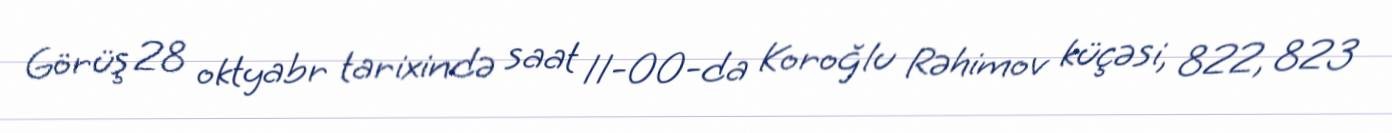
Görüş 28 oktyabr tarixində saat 11-00-da Koroğlu Rəhimov küçəsi, 822, 823